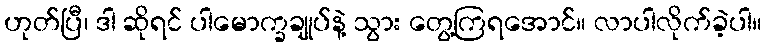
ဟုတ်ပြီ၊ ဒါ ဆိုရင် ပါမောက္ခချုပ်နဲ့ သွား တွေ့ကြရအောင်။ လာပါလိုက်ခဲ့ပါ။